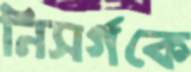
নিসর্গকে